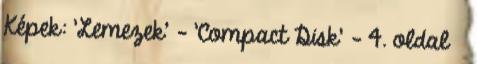
Képek: 'Lemezek' - 'Compact Disk' - 4. oldal »